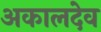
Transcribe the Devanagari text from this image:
अकालदेव